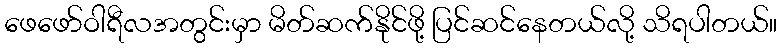
ဖေဖော်ဝါရီလအတွင်းမှာ မိတ်ဆက်နိုင်ဖို့ ပြင်ဆင်နေတယ်လို့ သိရပါတယ်။